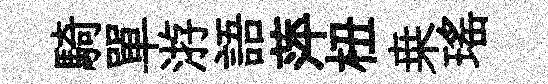
騎單㳺語萍杻桒瑤